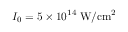
I _ { 0 } = 5 \times 1 0 ^ { 1 4 } \; \mathrm { W / c m ^ { 2 } }